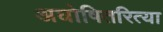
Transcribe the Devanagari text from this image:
अघोषितरित्या